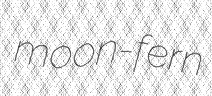
moon-fern